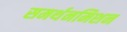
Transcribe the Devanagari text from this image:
समर्थनमिशन